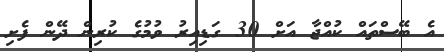
އެ ބޭސްތައް ކުއްޖާ އަށް 30 ގަޑިއިރު ވުމުގެ ކުރިން ދޭން ފެށި